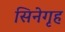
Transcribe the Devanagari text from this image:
सिनेगृह